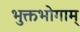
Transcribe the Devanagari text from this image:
भुक्तभोगाम्‌